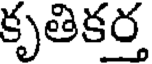
కృతికర్త